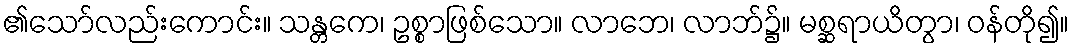
၏သော်လည်းကောင်း။ သန္တကေ၊ ဥစ္စာဖြစ်သော။ လာဘေ၊ လာဘ်၌။ မစ္ဆရာယိတွာ၊ ဝန်တို၍။